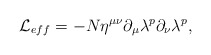
\begin{align*}{\cal L}_{eff} = -N \eta^{\mu \nu} \partial_{\mu}\lambda^p \partial_{\nu}\lambda^p,\end{align*}